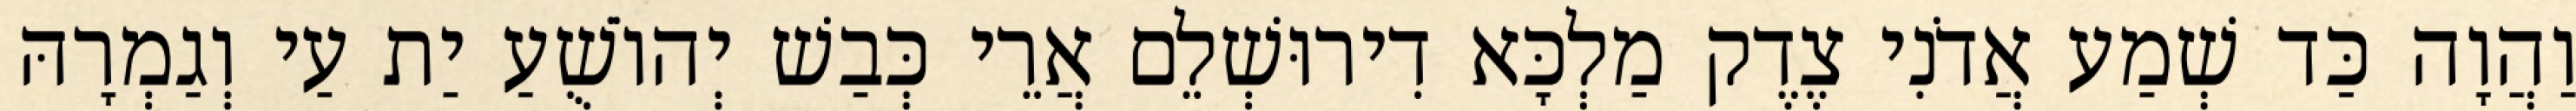
וַהֲוָה כַּד שְׁמַע אֲדֹנִי צֶדֶק מַלְכָּא דִירוּשְׁלֵם אֲרֵי כְּבַשׁ יְהוֹשֻׁעַ יַת עַי וְגַמְרָהּ